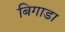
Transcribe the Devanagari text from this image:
बिगाडा